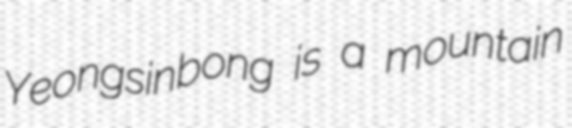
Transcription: Yeongsinbong is a mountain